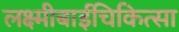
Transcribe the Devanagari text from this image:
लक्ष्मीबाईचिकित्सा